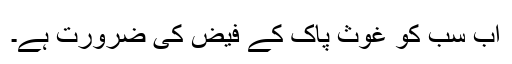
اب سب کو غوثِ پاک کے فیض کی ضرورت ہے۔